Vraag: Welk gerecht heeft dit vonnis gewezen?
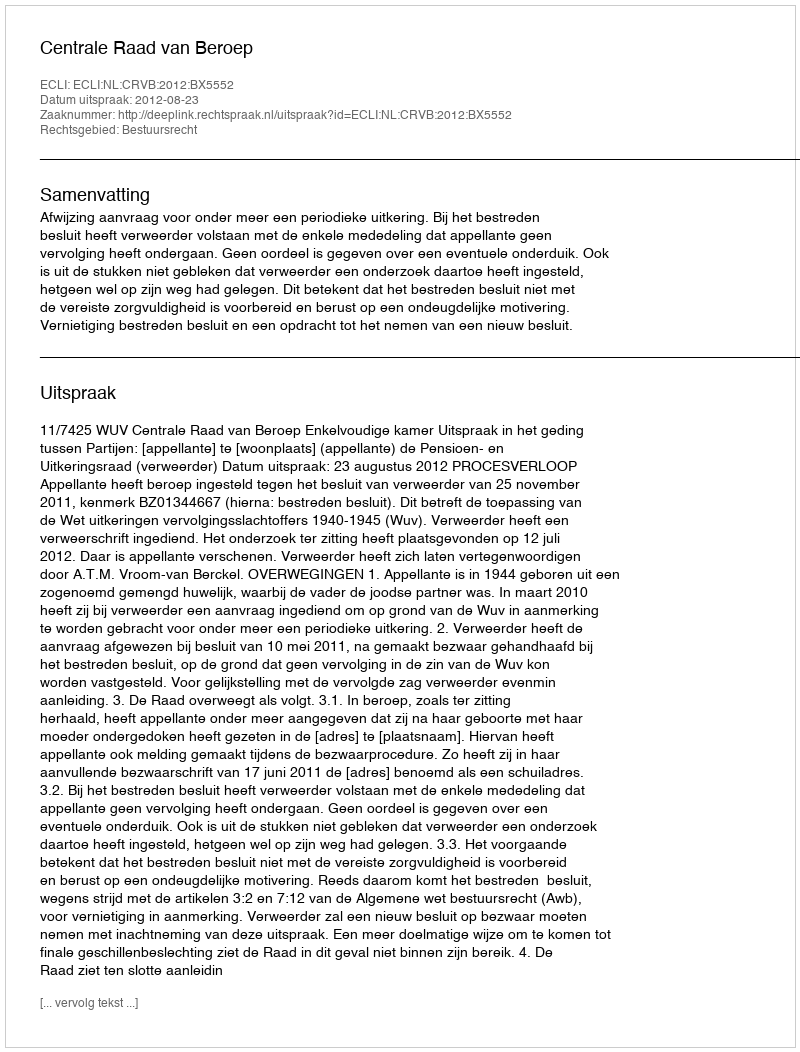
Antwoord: Centrale Raad van Beroep